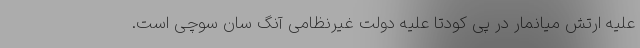
علیه ارتش میانمار در پی کودتا علیه دولت غیرنظامی آنگ سان سوچی است.